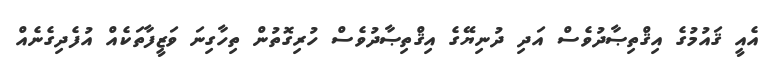
އެއީ ޤައުމުގެ އިޤްތިޞާދުވެސް އަދި ދުނިޔޭގެ އިޤްތިޞާދުވެސް ހުރިގޮތުން ތިހާގިނަ ވަޒީފާތަކެއް އުފެދިގެނެއް